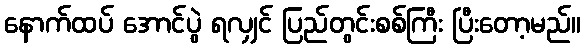
နောက်ထပ် အောင်ပွဲ ရလျှင် ပြည်တွင်းစစ်ကြီး ပြီးတော့မည်။